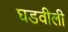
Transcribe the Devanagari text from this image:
घडवीली